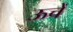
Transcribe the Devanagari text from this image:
ऊचें